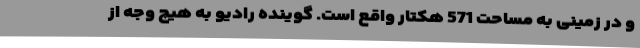
و در زمینی به مساحت 571 هکتار واقع است. گوینده رادیو به هیچ وجه از